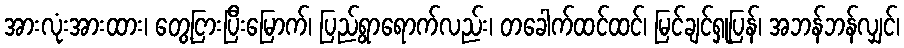
အားလုံးအားထား၊ တွေ့ငြားပြီးမြောက်၊ ပြည်ရွာရောက်လည်း၊ တခေါက်ထင်ထင်၊ မြင်ချင်ရှုပြန်၊ အဘန်ဘန်လျှင်၊